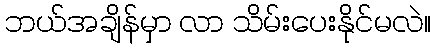
ဘယ်အချိန်မှာ လာ သိမ်းပေးနိုင်မလဲ။